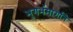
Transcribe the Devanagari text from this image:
भूगर्भमार्गाने